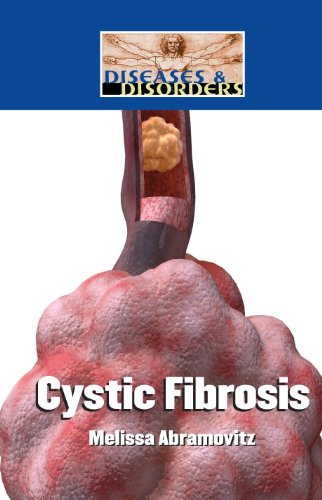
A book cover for Cystic Fibrosis (Diseases and Disorders); Melissa Abramovitz; Health, Fitness & Dieting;